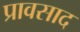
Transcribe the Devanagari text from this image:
प्रावसाद